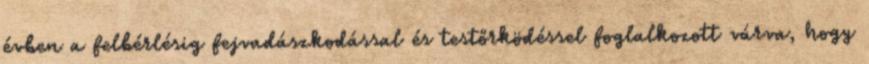
évben a felbérlésig fejvadászkodással és testőrködéssel foglalkozott várva, hogy